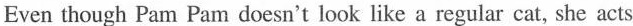
Even though Pam Pam doesn't look like a regular cat, she acts